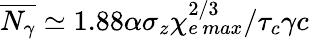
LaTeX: \overline{{N_{\gamma}}}\simeq 1.88\alpha\sigma_{z}\chi_{e\, max}^{2/3}/\tau_{c}\gamma c